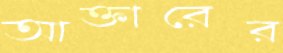
আক্তারের